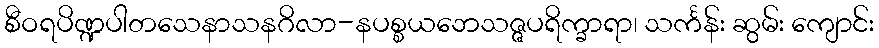
စီဝရပိဏ္ဍပါတသေနာသနဂိလာ-နပစ္စယဘေသဇ္ဇပရိက္ခာရာ၊ သင်္ကန်း ဆွမ်း ကျောင်း